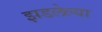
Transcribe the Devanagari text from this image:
झडलेल्या